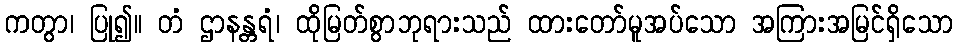
ကတွာ၊ ပြု၍။ တံ ဌာနန္တရံ၊ ထိုမြတ်စွာဘုရားသည် ထားတော်မူအပ်သော အကြားအမြင်ရှိသော